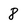
Character: 8